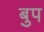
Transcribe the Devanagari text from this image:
बुप